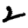
Digit: 2